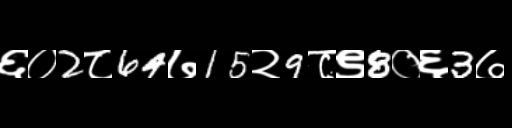
Text: ६०2८64७15२9८९8०६3७